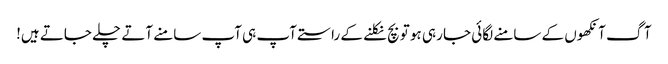
آگ آنکھوں کے سامنے لگائی جا رہی ہو تو بچ نکلنے کے راستے آپ ہی آپ سامنے آتے چلے جاتے ہیں!